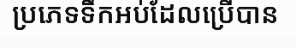
ប្រភេទទឹកអប់ដែលប្រើបាន